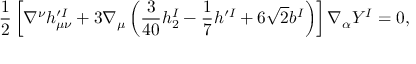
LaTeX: \frac { 1 } { 2 } \left[ \nabla ^ { \nu } h _ { \mu \nu } ^ { \prime I } + 3 \nabla _ { \mu } \left( \frac { 3 } { 4 0 } h _ { 2 } ^ { I } - \frac { 1 } { 7 } h ^ { \prime I } + 6 \sqrt { 2 } b ^ { I } \right) \right] \nabla _ { \alpha } Y ^ { I } = 0 ,